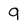
Character: q